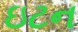
ઇટન